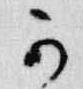
可